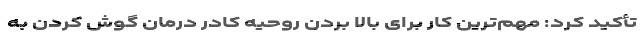
تأکید کرد: مهم‌ترین کار برای بالا بردن روحیه کادر درمان گوش کردن به